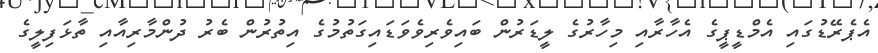
އެޕެރޭޑުގައި އެމްޑީޕީގެ އެހާރާއި މިހާރުގެ ލީޑަރުން ބައިވެރިވެވަޑައިގަތުމުގެ އިތުރުން ބެރު ދުންމާރިއާއި ތާޅަފިލީގެ